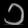
Digit: ၁